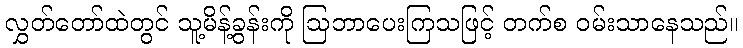
လွှတ်တော်ထဲတွင် သူ့မိန့်ခွန်းကို ဩဘာပေးကြသဖြင့် တက်စ ဝမ်းသာနေသည်။